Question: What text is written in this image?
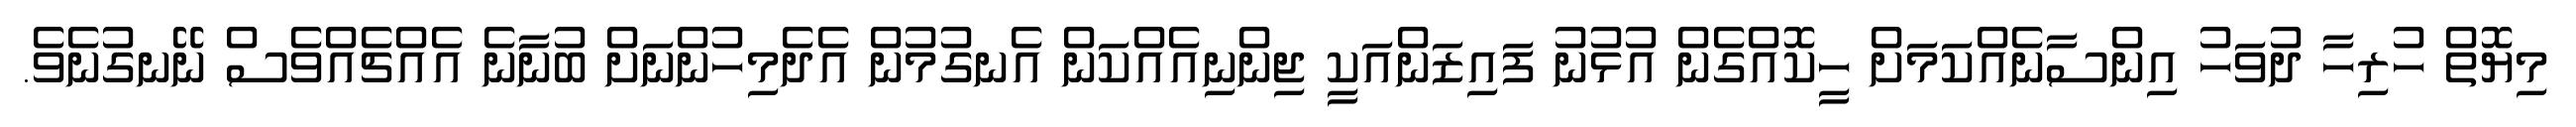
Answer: މިޔޮތް ހުރިހާ ދުވަހު އިންސާނެއްކަމަށް ހީކޮއްގެން އުޅުނު ފައިޒަންއަކީ ޖިންނިއެއްކަން އެނގުމުން އެދެމިހުންނަށް ބުނާނެ އެއްޗެއްވެސް ނޭނގުނެވެ.